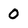
Character: 0